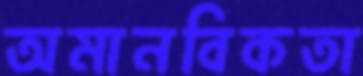
অমানবিকতা